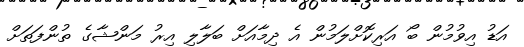
އަޑު އިވުމުން ބޯ އަރިކޮށްލަމުން އެ ދިމާއަށް ބަލާލި އިރު މަންޝާގެ ތުންފަތަށް